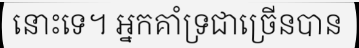
នោះទេ។ អ្នកគាំទ្រជាច្រើនបាន